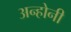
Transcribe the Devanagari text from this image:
अन्होनी